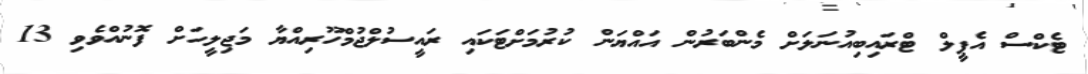
ޓެކްސް އެޕީލް ޓްރައިބިއުނަލަށް މެންބަރުން އައްޔަން ކުރުމަށްޓަކައި ރައީސުލްޖުމްހޫރިއްޔާ މަޖިލީހަށް ފޮނުއްވެވި 13